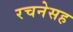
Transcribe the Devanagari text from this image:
रचनेसह